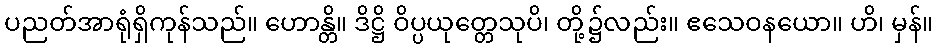
ပညတ်အာရုံရှိကုန်သည်။ ဟောန္တိ။ ဒိဋ္ဌိ ဝိပ္ပယုတ္တေသုပိ၊ တို့၌လည်း။ ဧသေဝနယော။ ဟိ၊ မှန်။